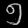
Digit: ၅